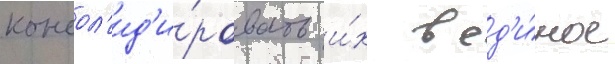
консол'ид'и́ровать и́х в ед'и́ное